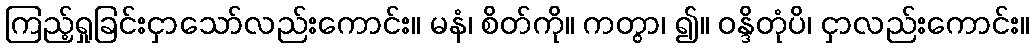
ကြည့်ရှုခြင်းငှာသော်လည်းကောင်း။ မနံ၊ စိတ်ကို။ ကတွာ၊ ၍။ ဝန္ဒိတုံပိ၊ ငှာလည်းကောင်း။